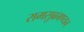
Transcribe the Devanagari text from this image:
रामसुब्रमण्यन